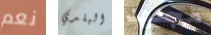
نعم البلدي مجتهد